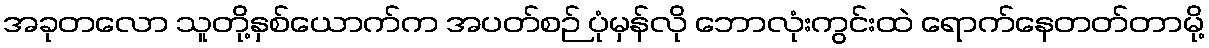
အခုတလော သူတို့နှစ်ယောက်က အပတ်စဉ် ပုံမှန်လို ဘောလုံးကွင်းထဲ ရောက်နေတတ်တာမို့